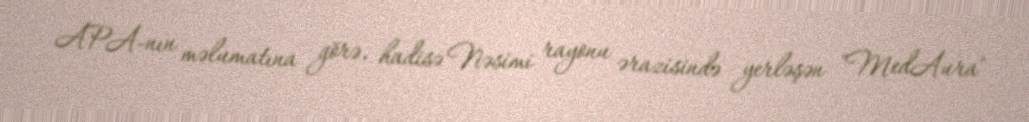
APA-nın məlumatına görə, hadisə Nəsimi rayonu ərazisində yerləşən "MedAura"